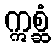
ဣစ္ဆံ